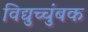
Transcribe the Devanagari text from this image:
विद्युच्चंुबक